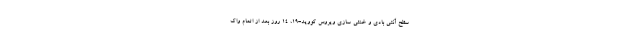
سطح آنتی بادی و خنثی سازی ویروس کووید-۱۹، ۱۴ روز بعد از اتمام واک